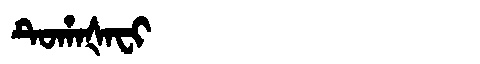
Manchu: ᡨᡠᡥᠠᡧᠠᠸᡳ
Romanization: TUHAŠAFI